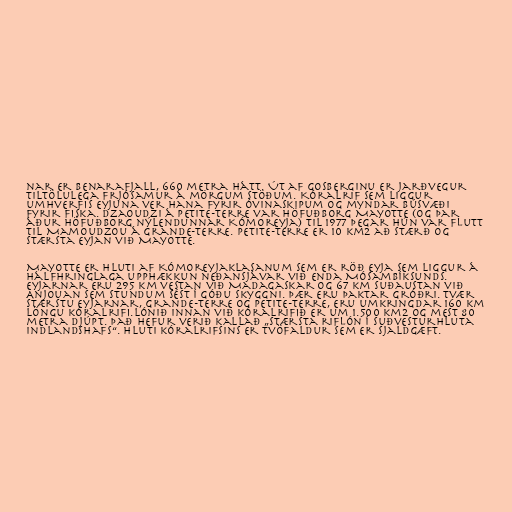
nar er Benarafjall, 660 metra hátt. Út af gosberginu er jarðvegur
tiltölulega frjósamur á mörgum stöðum. Kóralrif sem liggur
umhverfis eyjuna ver hana fyrir óvinaskipum og myndar búsvæði
fyrir fiska. Dzaoudzi á Petite-Terre var höfuðborg Mayotte (og þar
áður höfuðborg nýlendunnar Kómoreyja) til 1977 þegar hún var flutt
til Mamoudzou á Grande-Terre. Petite-Terre er 10 km2 að stærð og
stærsta eyjan við Mayotte.

Mayotte er hluti af Kómoreyjaklasanum sem er röð eyja sem liggur á
hálfhringlaga upphækkun neðansjávar við enda Mósambíksunds.
Eyjarnar eru 295 km vestan við Madagaskar og 67 km suðaustan við
Anjouan sem stundum sést í góðu skyggni. Þær eru þaktar gróðri. Tvær
stærstu eyjarnar, Grande-Terre og Petite-Terre, eru umkringdar 160 km
löngu kóralrifi.Lónið innan við kóralrifið er um 1.500 km2 og mest 80
metra djúpt. Það hefur verið kallað „stærsta riflón í suðvesturhluta
Indlandshafs“. Hluti kóralrifsins er tvöfaldur sem er sjaldgæft.